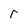
Character: r